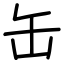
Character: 缶